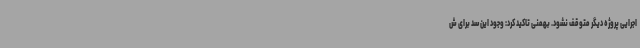
اجرایی پروژه دیگر متوقف نشود. بهمنی تاکید کرد: وجود این سد برای ش